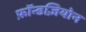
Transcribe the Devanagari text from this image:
फ़ॉन्डज़ियोन